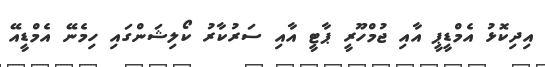
އިދިކޮޅު އެމްޑީޕީ އާއި ޖުމްހޫރީ ޕާޓީ އާއި ސަރުކާރު ކޯލިޝަންގައި ހިމެނޭ އެމްޑީއޭ